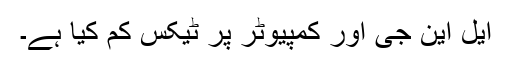
ایل این جی اور کمپیوٹر پر ٹیکس کم کیا ہے۔